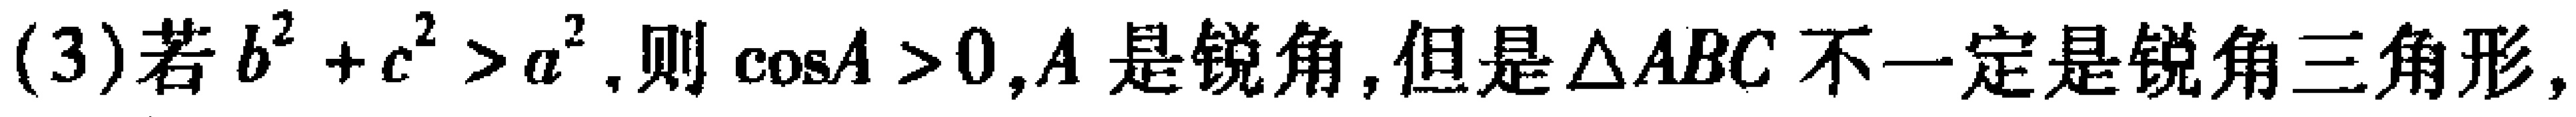
(3)若$b^{2}+c^{2}>a^{2}$,则$\cos A > 0$,$A$是锐角,但是$\triangle ABC$不一定是锐角三角形,